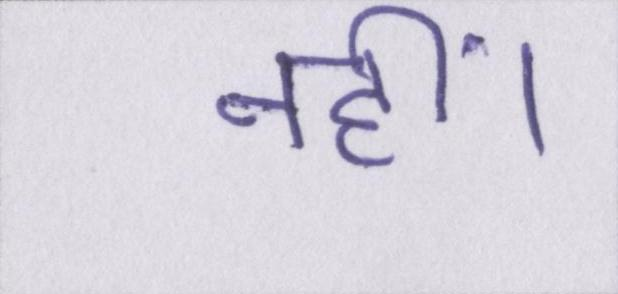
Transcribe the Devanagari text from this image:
नहीं।